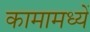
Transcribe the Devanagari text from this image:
कामामध्यें